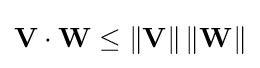
\mathbf {V} \cdot \mathbf {W} \leq \left\|\mathbf {V} \right\|\left\|\mathbf {W} \right\|